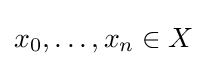
x_{0},\ldots ,x_{n}\in X